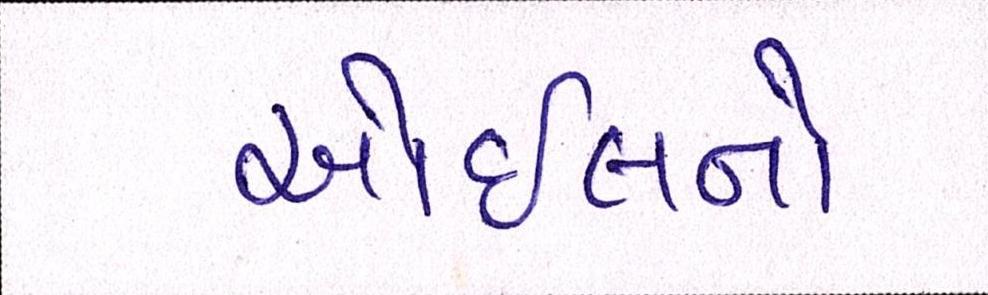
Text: ઓઇલનો